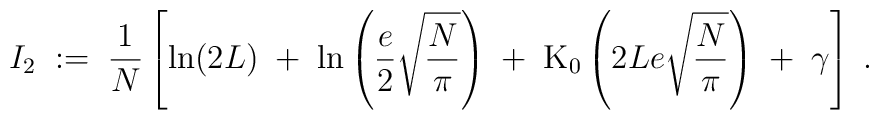
I_2 \; := \; \frac{1}{N} \left[\ln (2 L) \; + \; \ln \left( \frac{e}{2} \sqrt{\frac{N}{\pi}} \right)\; + \; \mbox{K}_0 \left( 2L e  \sqrt{\frac{N}{\pi}} \right) \; + \;\gamma \right] \; .